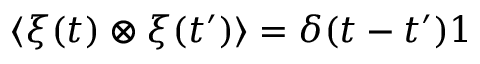
\langle \boldsymbol { \xi } ( t ) \otimes \boldsymbol { \xi } ( t ^ { \prime } ) \rangle = \delta ( t - t ^ { \prime } ) \boldsymbol { \mathrm { 1 } }